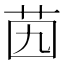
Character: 𦭉